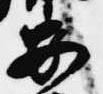
安